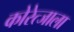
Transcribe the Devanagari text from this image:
कोरेत्जाला